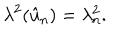
LaTeX: \lambda ^ { 2 } ( \hat { u } _ { \mathrm { n } } ) = \lambda _ { \mathrm { n } } ^ { 2 } .